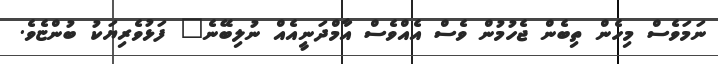
ނަމަވެސް މިހެން ތިބެން ޖެހުމުން ވެސް އެއްވެސް އާމްދަނީއެއް ނުލިބޭނެ" ފަޅުވެރިޔަކު ބުންޏެވެ.